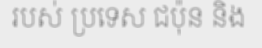
របស់ ប្រទេស ជប៉ុន និង